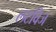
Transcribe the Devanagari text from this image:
लटविज